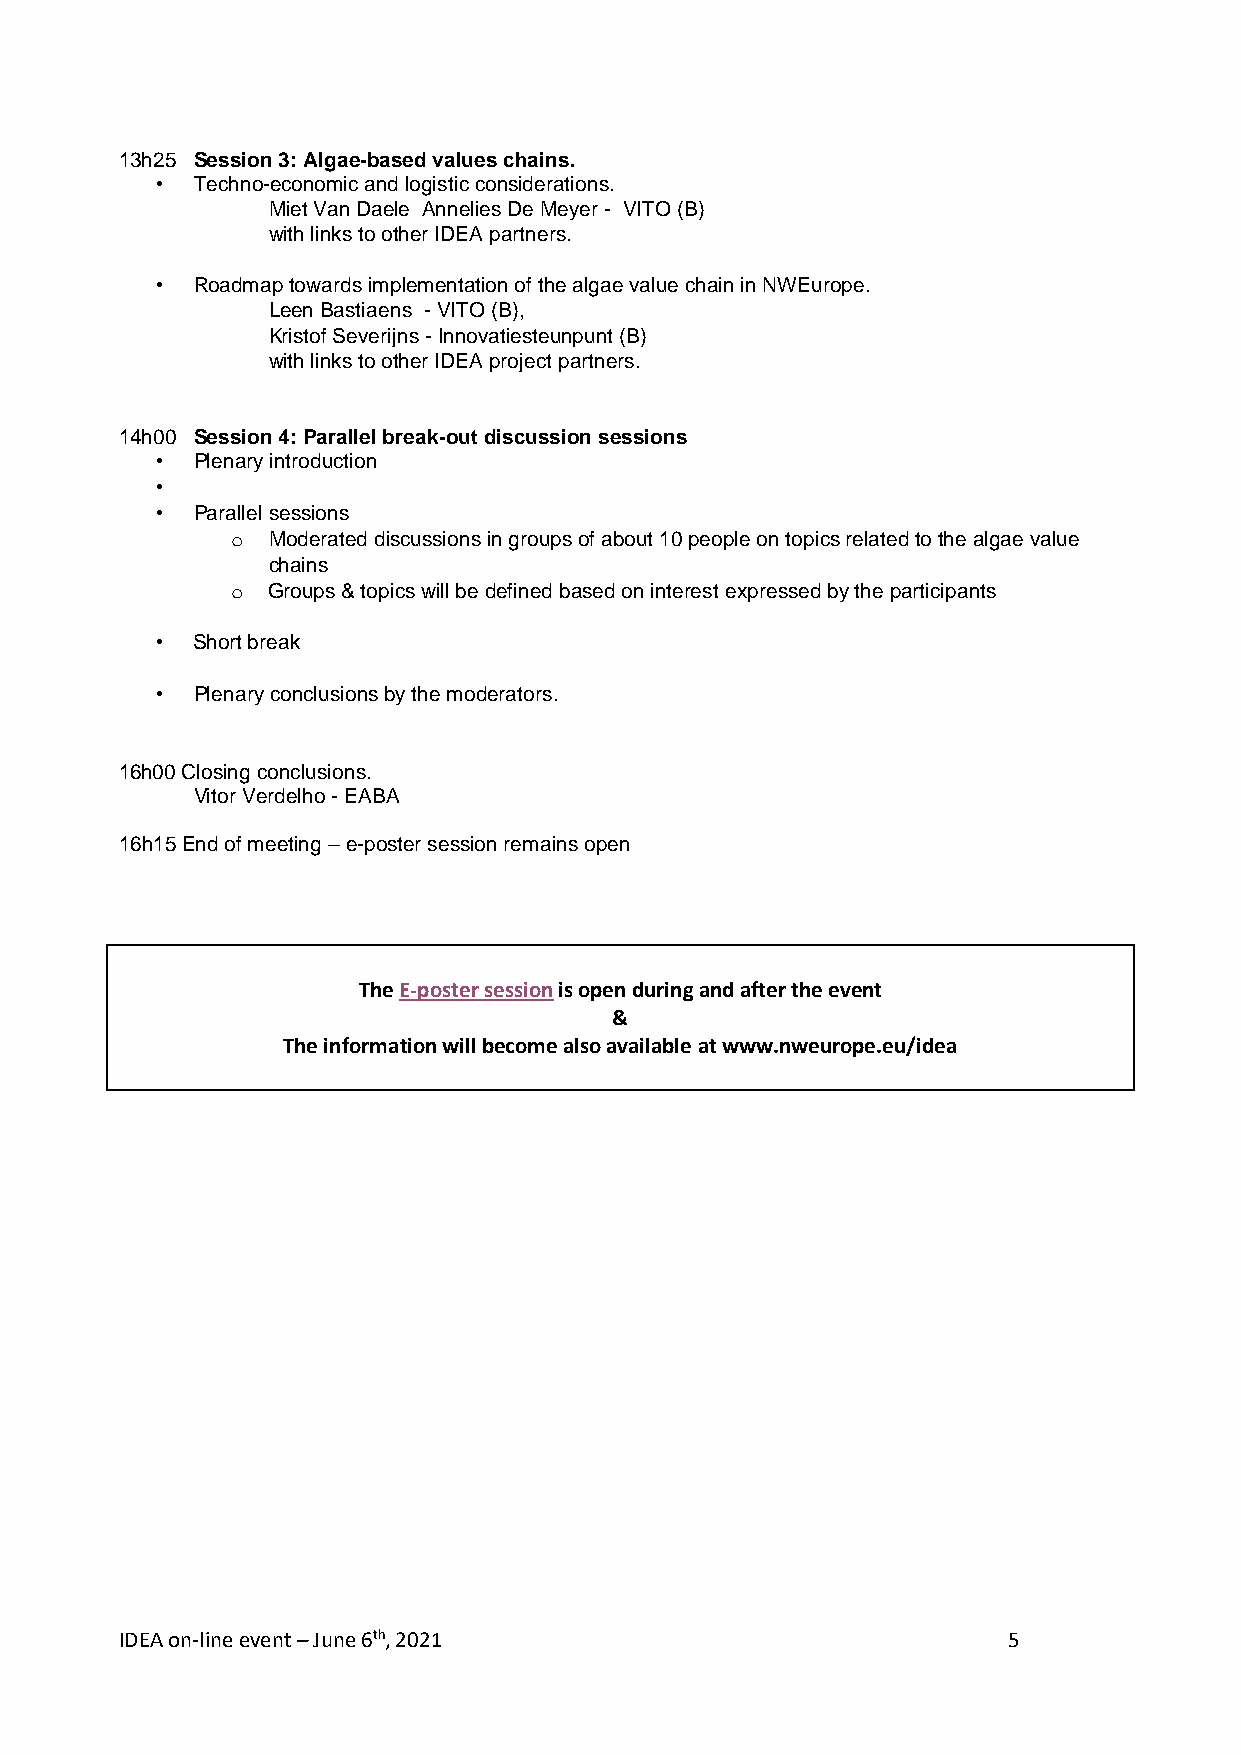
13h25 Session 3: Algae-based values chains.
 •  Techno-economic and logistic considerations.
 Miet Van Daele Annelies De Meyer - VITO (B)
 with links to other IDEA partners.
 •  Roadmap towards implementation of the algae value chain in NWEurope.
 Leen Bastiaens - VITO (B),
 Kristof Severijns - Innovatiesteunpunt (B)
 with links to other IDEA project partners.
 14h00 Session 4: Parallel break-out discussion sessions
 •  Plenary introduction
 •
 •  Parallel sessions
 o  Moderated discussions in groups of about 10 people on topics related to the algae value
 chains
 o  Groups & topics will be defined based on interest expressed by the participants
 •  Short break
 •  Plenary conclusions by the moderators.
 16h00 Closing conclusions.
 Vitor Verdelho - EABA
 16h15 End of meeting – e-poster session remains open
 The E-poster session is open during and after the event
 &
 The information will become also available at www.nweurope.eu/idea
 IDEA on-line event – June 6th, 2021                        5